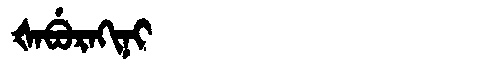
Manchu: ᡧᠠᠪᡠᡵᠠᡴᡳᠨᡳ
Romanization: ŠABURAKINI